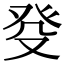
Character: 癹